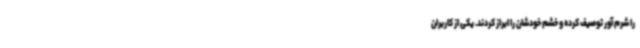
را شرم آور توصیف کرده و خشم خودشان را ابراز کردند. یکی از کاربران